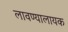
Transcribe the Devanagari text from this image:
लावण्यालायक